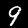
Label: 9